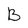
Character: B